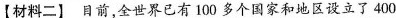
【材料二】目前，全世界已有100多个国家和地区设立了400